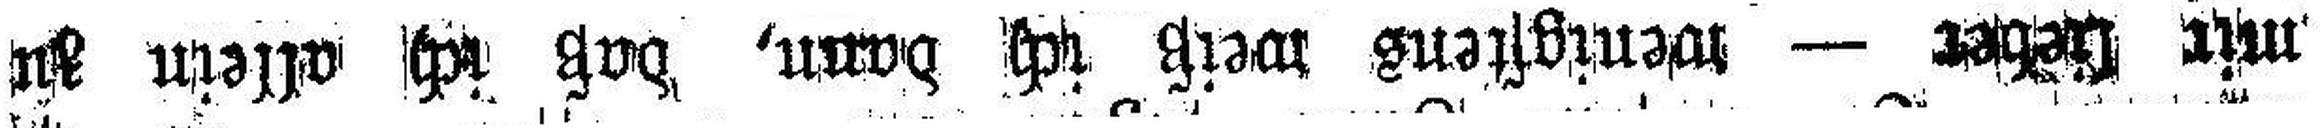
mir lieber — wenigstens weiß ich dann, daß ich allein zu